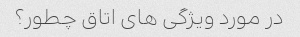
در مورد ویژگی های اتاق چطور؟